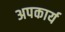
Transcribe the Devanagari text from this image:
अपकार्य